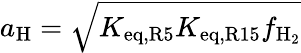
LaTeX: a_{\mathrm{H}}=\sqrt{K_{\mathrm{eq,R5}}K_{\mathrm{eq,R15}}f_{\mathrm{H_{2}}}}